Lunatic asylums United Prov. 1922-30 - 1922-1930
Year: 1922
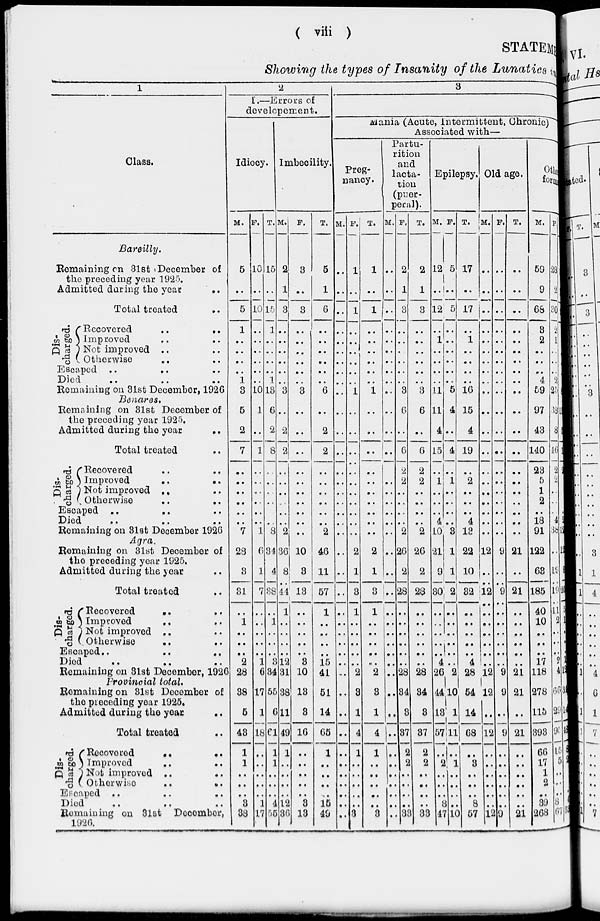
( viii )
STATEMENT
Showing the types of Insanity of the Lunatics in
1
Class.
Bareilly.
Remaining on 31st December of
the preceding year 1925.
Admitted daring the year
..
Total treated
..
Dis¬
charged Recovered
..
..
Improved .. ..
Not improved .. ..
Otherwise .. ..
Escaped
..
.. ..
Died .. .. ..
Remaining on 31st December, 1926
Benares.
Remaining on 31st December of
the preceding year 1925.
Admitted during the year ..
Total treated ..
Dis¬
charged
Recovered .. ..
Improved
..
..
Not improved .. ..
Otherwise .. ..
Escaped
..
.. ..
Died .. .. ..
Remaining on 31st December 1926
Agra.
Remaining on 31st December of
the preceding year 1925.
Admitted during the year ..
Total treated ..
Dis¬
charged
Recovered .. ..
Improved .. ..
Not improved .. ..
Otherwise
..
Escaped.. .. ..
Died
..
..
..
Remaining on 31st December, 1926
Provincial
total.
Remaining on 31st December of
the preceding year 1925.
Admitted during the year ..
Total treated
..
Dis¬
charged
Recovored .. ..
Improvod .. ..
Not improved .. ..
Otherwise
.. ..
Escaped ..
.. ..
Died .. .. ..
Remaining on 31st December,
1926.
2
I.—Errors of
developement.
Idiocy.
M.
5
..
5
1
..
..
..
..
1
3
5
2
7
..
..
..
..
..
..
7
28
3
31
..
1
..
..
..
2
28
38
5
43
1
1
..
..
..
3
38
F.
10
..
10
..
..
..
..
..
..
10
1
..
1
..
..
..
..
..
..
1
6
1
7
..
..
..
..
..
1
6
17
1
18
..
..
..
..
..
1
17
T.
15
..
15
..
..
..
..
..
..
13
6
2
8
..
..
..
..
..
..
8
34
4
38
..
1
..
..
..
3
34
55
6
61
1
..
..
..
..
4
55
Imbecility.
M.
2
1
3
..
..
..
..
..
..
3
..
2
2
..
..
..
..
..
..
2
36
8
44
1
..
..
..
..
12
31
38
11
49
1
..
..
..
..
12
36
F.
3
..
3
..
..
..
..
..
..
3
..
..
..
..
..
..
..
..
..
..
10
3
13
..
..
..
..
..
3
10
13
8
16
..
..
..
..
..
3
13
T.
5
1
6
..
..
..
..
..
..
6
..
2
2
..
..
..
..
..
..
2
46
11
57
1
..
..
..
..
15
41
51
14
65
1
..
..
..
..
15
49
3
Mania (Acute, Intermittent, Chronic)
Associated with—
Preg-
nancy.
M.
..
..
..
..
..
..
..
..
..
..
..
..
..
..
..
..
..
..
..
..
..
..
..
..
..
..
..
..
..
..
..
..
..
..
..
..
..
..
..
..
F.
1
..
1
..
..
..
..
..
..
1
..
..
..
..
..
..
..
..
..
..
2
1
3
1
..
..
..
..
..
2
3
1
4
1
..
..
..
..
..
3
T.
1
..
1
..
..
..
..
..
..
1
..
..
..
..
..
..
..
..
..
..
2
1
3
1
..
..
..
..
..
2
3
1
4
1
..
..
..
..
..
3
Partu-
rition
and
lacta-
tion
(puer-
peral).
M.
..
..
..
..
..
..
..
..
..
..
..
..
..
..
..
..
..
..
..
..
..
..
..
..
..
..
..
..
..
..
..
..
..
..
..
..
..
..
..
..
F.
2
1
3
..
..
..
..
..
..
3
6
..
6
2
2
..
..
..
..
2
26
2
28
..
..
..
..
..
..
28
34
3
37
2
2
..
..
..
..
33
T.
2
1
3
..
..
..
..
..
..
3
6
..
6
2
2
..
..
..
..
2
26
2
28
..
..
..
..
..
..
28
34
3
37
2
2
..
..
..
..
33
Epilepsy.
M.
12
..
12
..
1
..
..
..
..
11
11
4
15
..
1
..
..
..
4
10
21
9
30
..
..
..
..
..
4
26
44
13
57
..
2
..
..
..
8
47
F.
5
..
5
..
..
..
..
..
..
5
4
..
4
..
1
..
..
..
..
3
1
1
2
..
..
..
..
..
..
2
10
1
111
..
1
..
..
..
..
10
T.
17
..
17
..
1
..
..
..
..
16
15
4
19
..
2
..
..
..
4
13
22
10
32
..
..
..
..
..
4
28
54
14
68
..
3
..
..
..
8
57
Old age.
M.
..
..
..
..
..
..
..
..
..
..
..
..
..
..
..
..
..
..
..
..
12
..
12
..
..
..
..
..
..
12
12
..
12
..
..
..
..
..
..
12
F.
..
..
..
..
..
..
..
..
..
..
..
..
..
..
..
..
..
..
..
..
9
..
9
..
..
..
..
..
..
9
9
..
9
..
..
..
..
..
..
9
T.
..
..
..
..
..
..
..
..
..
..
..
..
..
..
..
..
..
..
..
..
21
..
21
..
..
..
..
..
..
21
21
..
21
..
..
..
..
..
..
21
Other
form
M.
59
9
68
3
2
..
..
..
4
59
97
43
140
23
5
1
2
..
18
91
122
63
185
40
10
..
..
..
17
118
278
115
393
66
17
1
2
..
39
268
F.
28
2
30
2
1
..
..
..
2
25
38
8
46
2
2
..
..
..
4
38
..
19
19
11
2
..
..
..
2
4
66
29
95
15
5
..
..
..
8
67
T.
87
11
98
5
3
..
..
..
6
83
137
51
186
24
7
1
2
..
22
129
122
82
104
51
12
..
..
..
19
122
344
144
488
82
22
1
2
..
37
335